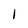
Character: 1